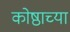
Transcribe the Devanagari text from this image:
कोष्ठाच्या